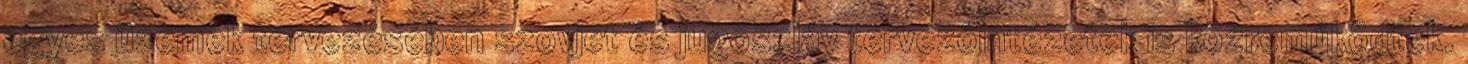
egyes üzemek tervezésében szovjet és jugoszláv tervezőintézetek is közreműködtek.